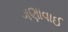
ગણાવાઈ